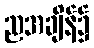
ညအချိန်၌